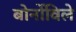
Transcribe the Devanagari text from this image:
बोर्नोविले